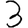
Digit: 3